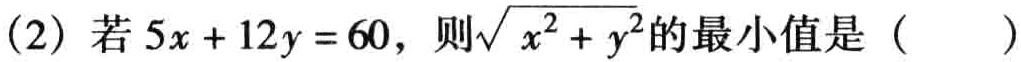
(2) 若 \(5x + 12y = 60\)，则\(\sqrt{x^{2}+y^{2}}\)的最小值是（  ）